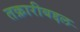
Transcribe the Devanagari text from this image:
तक्रारीबद्दल